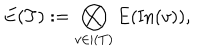
E ( T ) : = \bigotimes _ { v \in \vert ( T ) } E ( \mathrm { I n } ( v ) ) ,